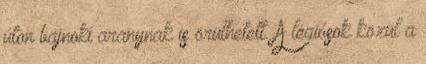
úton bajnoki aranynak is örülhetett. A légiósok közül a